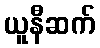
ယူနီဆက်